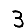
Digit: 3